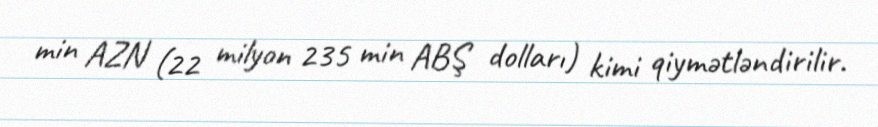
min AZN (22 milyon 235 min ABŞ dolları) kimi qiymətləndirilir.